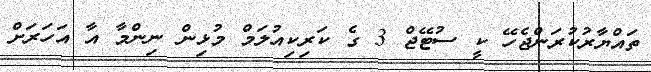
ތައްޔާރުކުރަންޖެހޭ ކީ ސުޓޭޖް 3 ގެ ކަރިކިއުލަމް މުޅިން ނިންމާ އާ އަހަރަށް